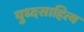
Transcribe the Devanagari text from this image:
युध्दसाहित्य